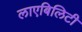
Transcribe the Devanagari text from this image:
लाएबिलिटी